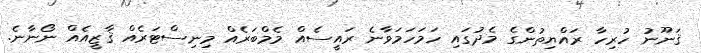
ޤަނޫނު ހުރިހާ ރައްޔިތުންގެ މެދުގައި ހަމަހަމަވާނެ ރައީސެއް މެމްބަރެއް މިނިސްޓަރެއް ޤާޒީއެއް ނޯނާނެ.